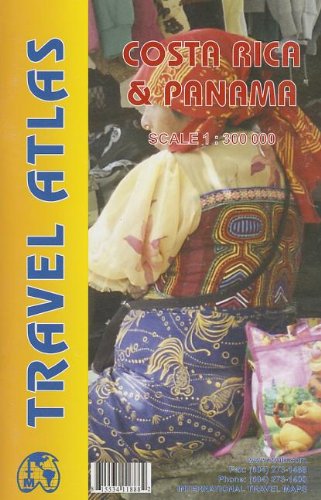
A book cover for Costa Rica and Panama Road Atlas (English and Spanish Edition); ITMB Publishing; Travel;